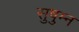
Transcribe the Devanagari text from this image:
सुषुम्न